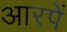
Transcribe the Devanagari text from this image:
आरपें